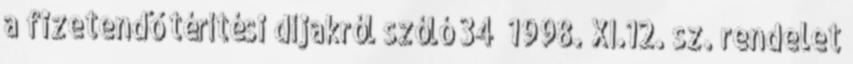
a fizetendő térítési díjakról szóló 34 1998. XI.12. sz. rendelet